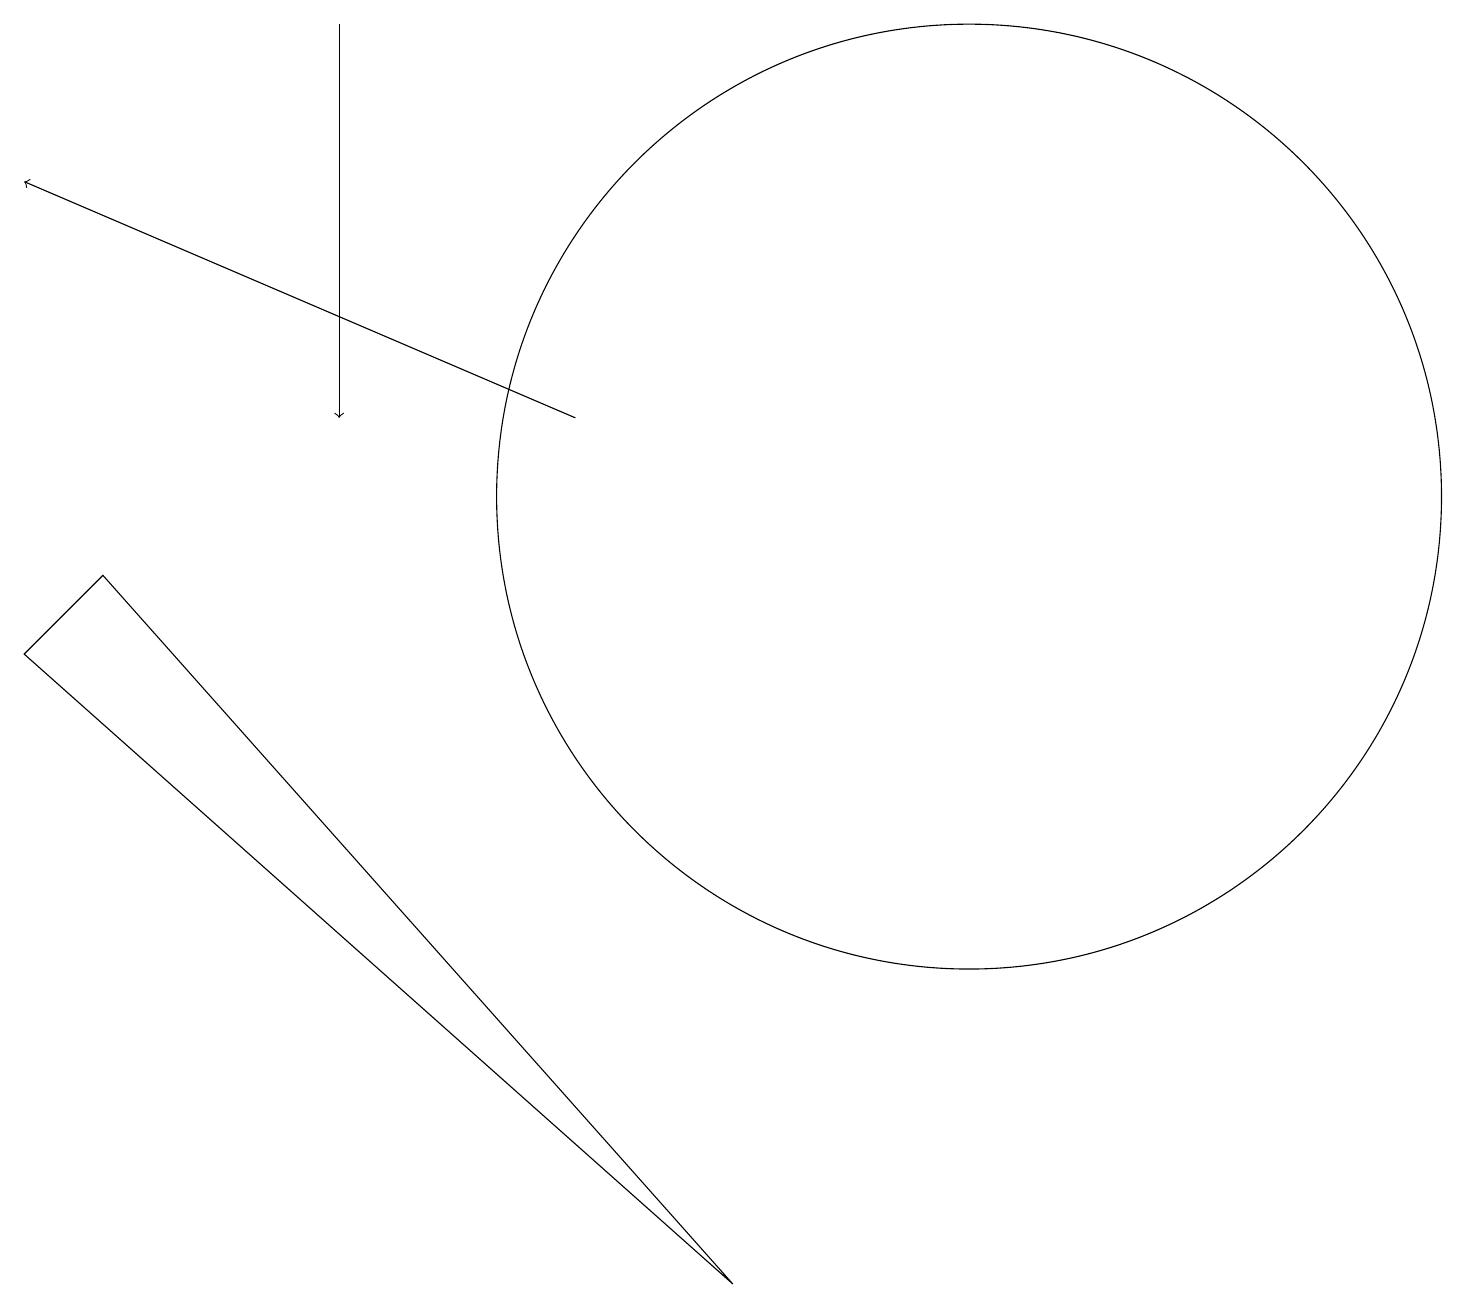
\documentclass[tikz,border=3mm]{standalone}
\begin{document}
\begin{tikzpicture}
\draw (12,10) circle (6);
\draw[->] (7,11) -- (0,14);
\draw (9,0) -- (1,9) -- (0,8) -- cycle;
\draw[->] (4,16) -- (4,11);
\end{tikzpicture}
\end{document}